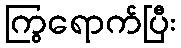
ကြွရောက်ပြီး